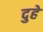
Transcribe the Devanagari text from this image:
दुहे